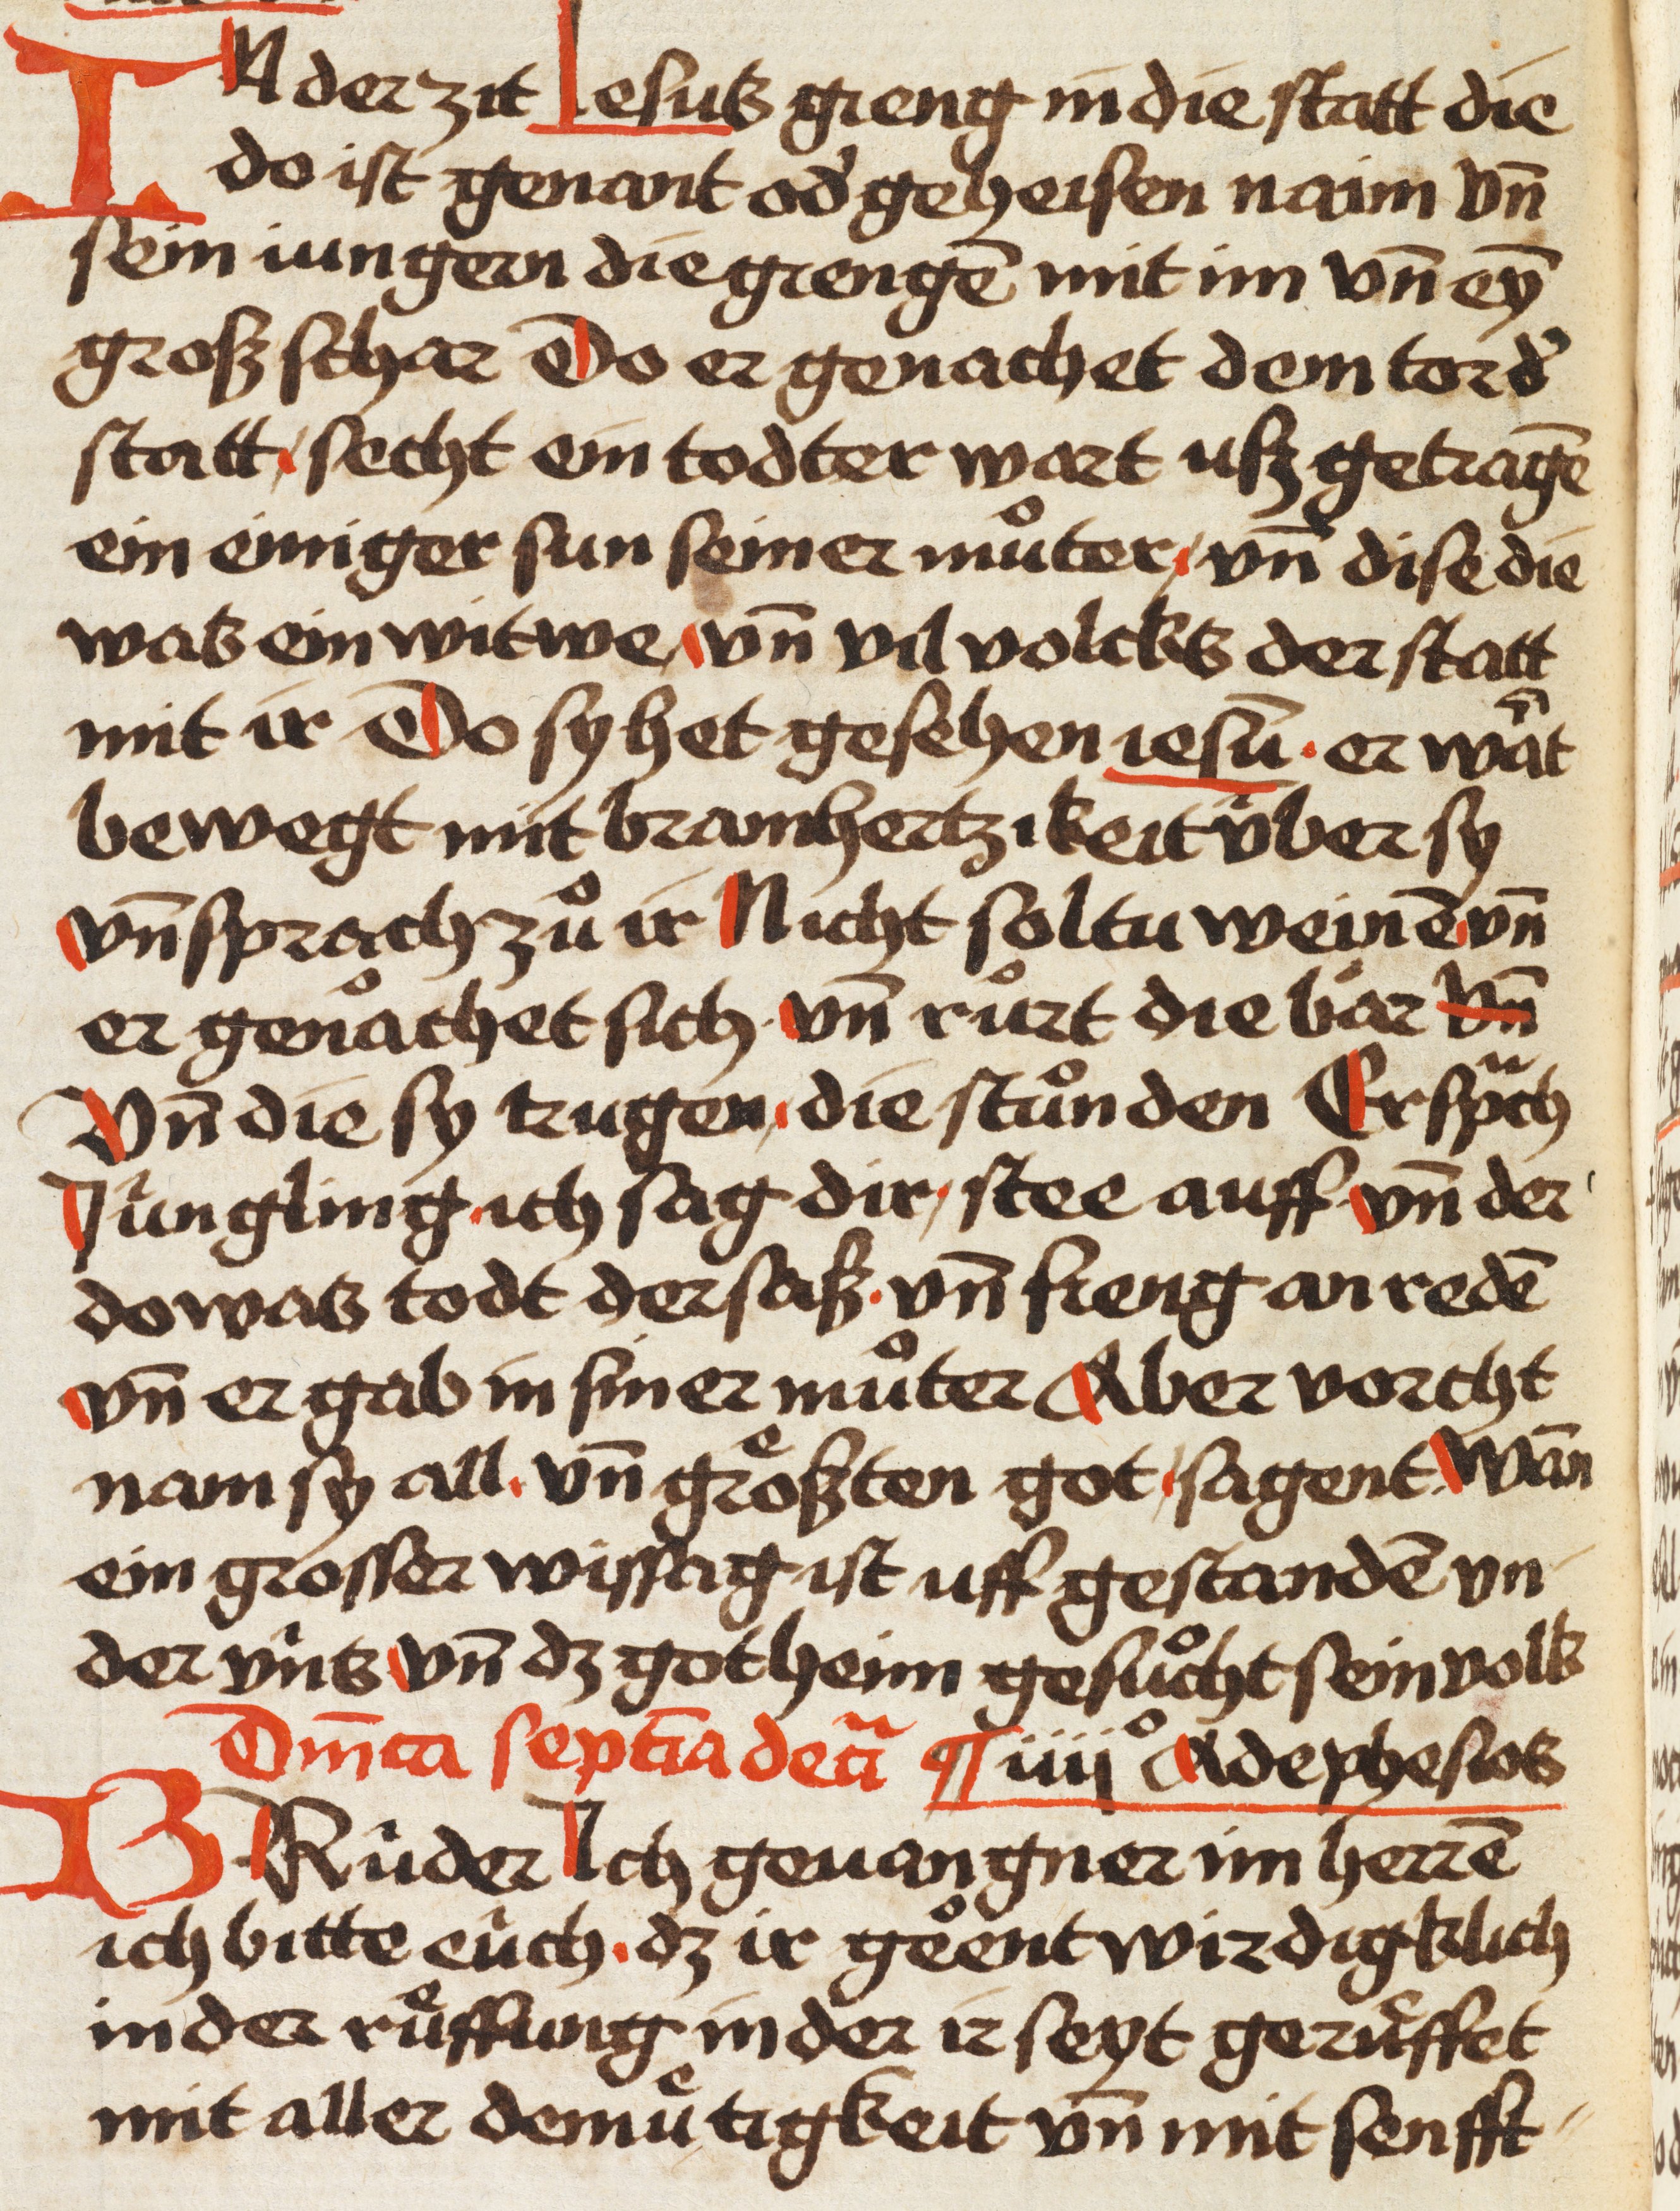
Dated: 1480–1480